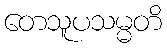
တေသူပသမ္မတိ